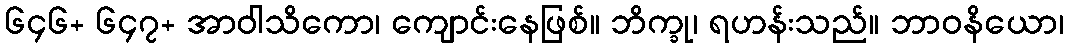
၆၄၆+ ၆၄၇+ အာဝါသိကော၊ ကျောင်းနေဖြစ်။ ဘိက္ခု၊ ရဟန်းသည်။ ဘာဝနိယော၊